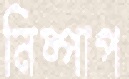
নিষ্পাপ